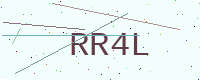
Text: RR4L